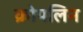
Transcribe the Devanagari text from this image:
क्रोपलिन